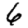
Digit: 6